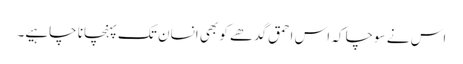
اس نے سوچا کہ اس احمق گدھے کو بھی انسان تک پہنچانا چاہیے۔